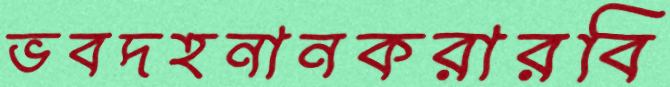
ভবদহনানকরারবি